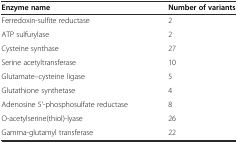
| Enzyme name | Number of variants |
 | --- | --- |
 | Ferredoxin-sulfite reductase | 2 |
 | ATP sulfurylase | 2 |
 | Cysteine synthase | 27 |
 | Serine acetyltransferase | 10 |
 | Glutamate–cysteine ligase | 5 |
 | Glutathione synthetase | 4 |
 | Adenosine 5'-phosphosulfate reductase | 8 |
 | O-acetylserine(thiol)-lyase | 26 |
 | Gamma-glutamyl transferase | 22 |